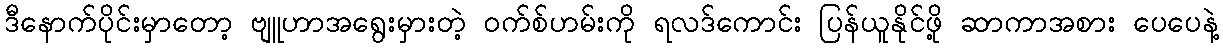
ဒီနောက်ပိုင်းမှာတော့ ဗျူဟာအရွေးမှားတဲ့ ဝက်စ်ဟမ်းကို ရလဒ်ကောင်း ပြန်ယူနိုင်ဖို့ ဆာကာအစား ပေပေနဲ့